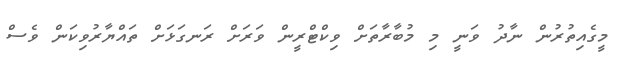
މީގެއިތުރުން ނާދު ވަނީ މި މުބާރާތަށް ވިކްޓްރީން ވަރަށް ރަނގަޅަށް ތައްޔާރުވިކަން ވެސް